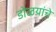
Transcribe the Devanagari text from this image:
डोळयांचे